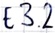
Text: E3.2